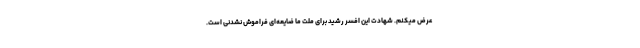
عرض میکنم. شهادت این افسر رشید برای ملت ما ضایعه‌ای فراموش نشدنی است.